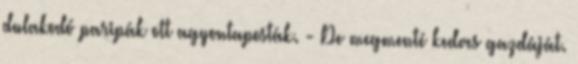
dulakodó paripák ott agyontaposták. - De megmenté kedves gazdáját.